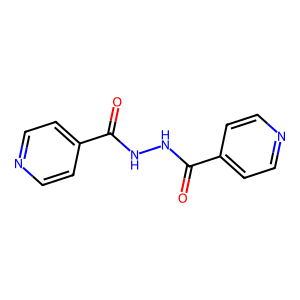
SMILES: O=C(NNC(=O)c1ccncc1)c1ccncc1
Inhibits HIV replication: No